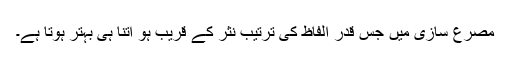
مصرع سازی میں جس قدر الفاظ کی ترتیب نثر کے قریب ہو اتنا ہی بہتر ہوتا ہے۔